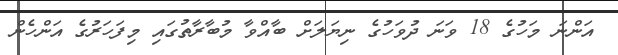
އަންނަ މަހުގެ 18 ވަނަ ދުވަހުގެ ނިޔަލަށް ބާއްވާ މުބާރާތުގައި މިފަހަރުގެ އަންހެން